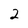
Character: 2